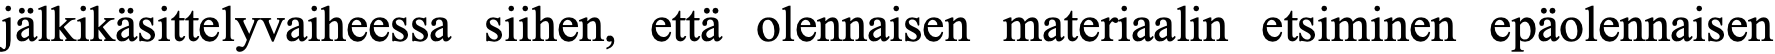
jälkikäsittelyvaiheessa siihen, että olennaisen materiaalin etsiminen epäolennaisen